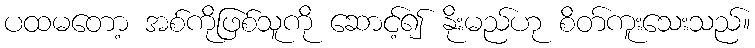
ပထမတော့ အစ်ကိုဖြစ်သူကို ဆောင့်၍ နိုးမည်ဟု စိတ်ကူးသေးသည်။